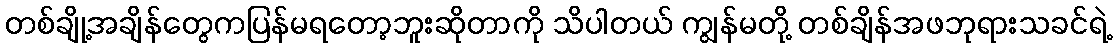
တစ်ချို့အချိန်တွေကပြန်မရတော့ဘူးဆိုတာကို သိပါတယ် ကျွန်မတို့ တစ်ချိန်အဖဘုရားသခင်ရဲ့